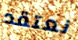
نعتقد